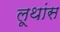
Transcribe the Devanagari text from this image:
लूथांस